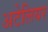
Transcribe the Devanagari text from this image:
अटेलियर